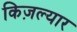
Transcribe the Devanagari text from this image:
किज़ल्यार